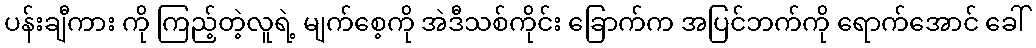
ပန်းချီကား ကို ကြည့်တဲ့လူရဲ့ မျက်စေ့ကို အဲဒီသစ်ကိုင်း ခြောက်က အပြင်ဘက်ကို ရောက်အောင် ခေါ်